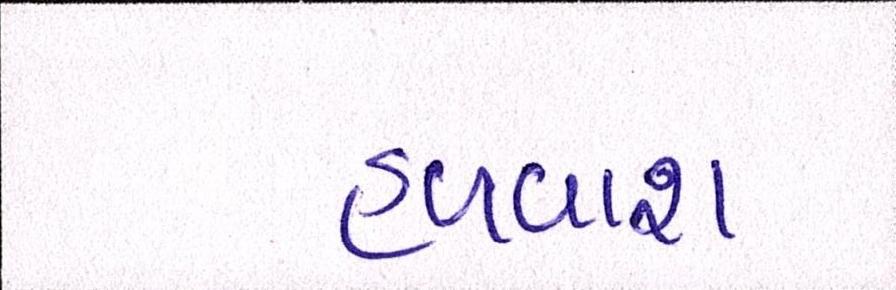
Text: હળવાશ